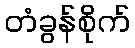
တံခွန်စိုက်